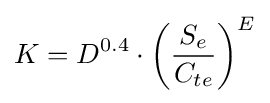
K=D^{0.4}\cdot \left({\frac {S_{e}}{C_{te}}}\right)^{E}